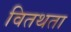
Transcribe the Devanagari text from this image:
वितथता